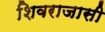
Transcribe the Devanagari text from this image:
शिवराजासी